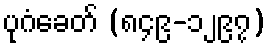
ပုဂံခေတ် (၈၄၉-၁၂၉၇)